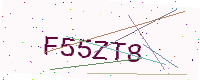
Text: F55ZT8